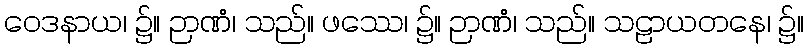
ဝေဒနာယ၊ ၌။ ဉာဏံ၊ သည်။ ဖဿေ၊ ၌။ ဉာဏံ၊ သည်။ သဠာယတနေ၊ ၌။